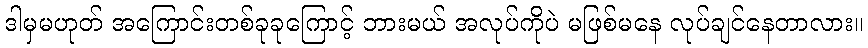
ဒါမှမဟုတ် အကြောင်းတစ်ခုခုကြောင့် ဘားမယ် အလုပ်ကိုပဲ မဖြစ်မနေ လုပ်ချင်နေတာလား။